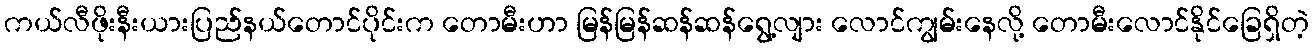
ကယ်လီဖိုးနီးယားပြည်နယ်တောင်ပိုင်းက တောမီးဟာ မြန်မြန်ဆန်ဆန်ရွေ့လျား လောင်ကျွမ်းနေလို့ တောမီးလောင်နိုင်ခြေရှိတဲ့